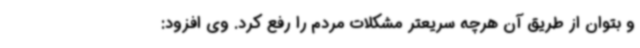
و بتوان از طریق آن هرچه سریعتر مشکلات مردم را رفع کرد. وی افزود: